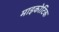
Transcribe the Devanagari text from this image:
माइकोटिक